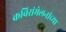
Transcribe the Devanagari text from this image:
कविसंमेलनांच्या